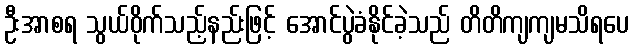
ဦးအာစရ သွယ်ဝိုက်သည့်နည်းဖြင့် အောင်ပွဲခံနိုင်ခဲ့သည် တိတိကျကျမသိရပေ